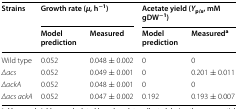
<table><thead><tr><td rowspan="2"><b>Strains</b></td><td colspan="2"><b>Growth rate (<i>μ</i>, h<sup>−1</sup>)</b></td><td colspan="2"><b>Acetate yield (<i>Y</i><sub>p/x</sub>, mM gDW<sup>−1</sup>)</b></td></tr><tr><td><b>Model prediction</b></td><td><b>Measured</b></td><td><b>Model prediction</b></td><td><b>Measured<sup>a</sup></b></td></tr></thead><tbody><tr><td>Wild type</td><td>0.052</td><td>0.048 ± 0.002</td><td>0</td><td>0</td></tr><tr><td><i>Δacs</i></td><td>0.052</td><td>0.049 ± 0.001</td><td>0</td><td>0.201 ± 0.011</td></tr><tr><td><i>ΔackA</i></td><td>0.052</td><td>0.048 ± 0.001</td><td>0</td><td>0</td></tr><tr><td><i>Δacs ackA</i></td><td>0.052</td><td>0.047 ± 0.002</td><td>0.192</td><td>0.193 ± 0.007</td></tr></tbody></table>